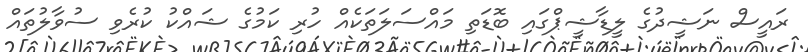
ރައީސް ނަޝީދުގެ ލީޑާޝީޕްގައި ބޮޑަތި މައްސަލަތަކެއް ހުރި ކަމުގެ ޝައްކު ކުރެވި ސުވާލުތައް